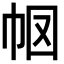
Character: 𭘗